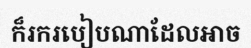
ក៏រករបៀបណាដែលអាច